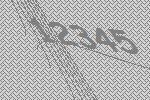
12345